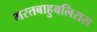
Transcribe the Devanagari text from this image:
भरतबाहुबलिरास